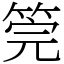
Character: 筦